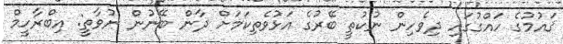
ޤައުމުގެ ހައްގުގައި ދިވެހިން ނުކުތީ ބޭރުގެ އަޅުވެތިކަމަށް ދާން ބޭނުން ނުވާތީ: އިބްރާހީމް